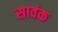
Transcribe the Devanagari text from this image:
सावंक